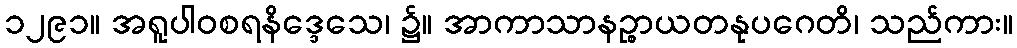
၁၂၉၁။ အရူပါဝစရနိဒ္ဒေသေ၊ ၌။ အာကာသာနဉ္စာယတနုပဂေတိ၊ သည်ကား။